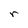
Character: r